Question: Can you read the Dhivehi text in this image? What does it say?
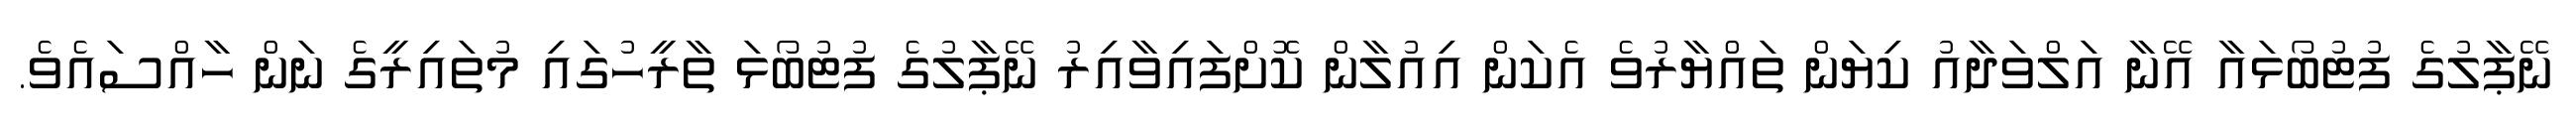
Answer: ނޭޕާލުގެ ފުޓުބޯޅައާ އޭނާ އަލްވަދާއު ކިޔަން ތައްޔާރުވެ އެކަން އިއުލާން ކޮށްފައިވާއިރު ނޭޕާލުގެ ފުޓުބޯޅަ ތާރީހުގައި މުތައިރީގެ ނަން ހާއްސައެވެ.